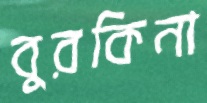
বুরকিনা